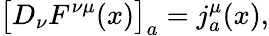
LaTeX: \bigl[D_{\nu}F^{\nu\mu}(x)\bigr]_{a}=j_{a}^{\mu}(x),